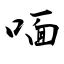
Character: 喕